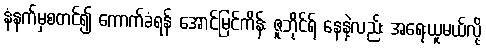
နံနက်မှစတင်၍ ကောက်ခံရန် အောင်မြင်ကိန်း ဇူဘိုင်ရ် နေနဲ့လည်း အရေးယူမယ်လို့